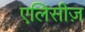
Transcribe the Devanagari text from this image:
एलिसीज़